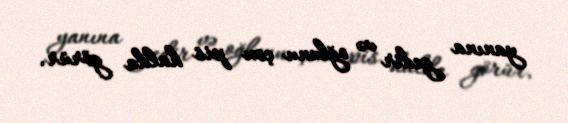
yanına gedir və oğlunu çox pis halda görür.